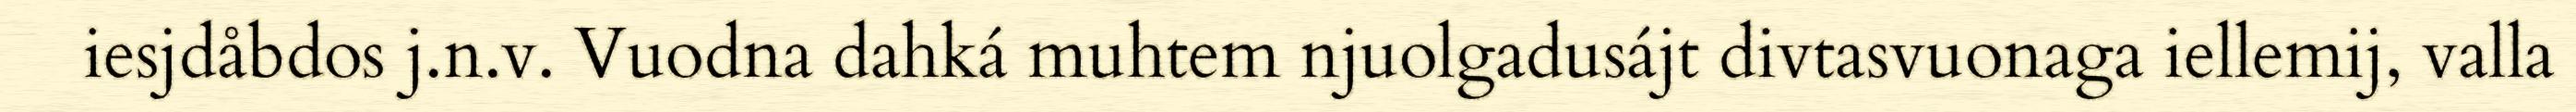
iesjdåbdos j.n.v. Vuodna dahká muhtem njuolgadusájt divtasvuonaga iellemij, valla